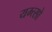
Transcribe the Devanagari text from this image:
यम्त्सो